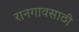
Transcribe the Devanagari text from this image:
रानगावसाठी